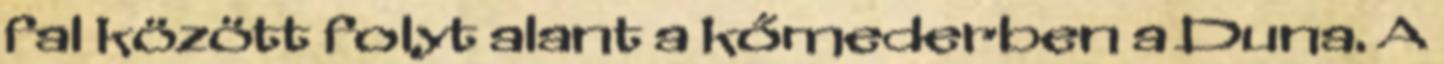
fal között folyt alant a kőmederben a Duna. A